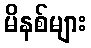
မိနစ်များ